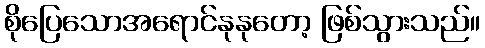
စိုပြေသောအရောင်နုနုတော့ ဖြစ်သွားသည်။